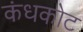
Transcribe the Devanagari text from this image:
कंधकोट